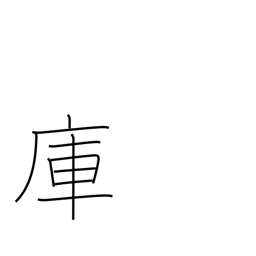
Meaning: storehouse